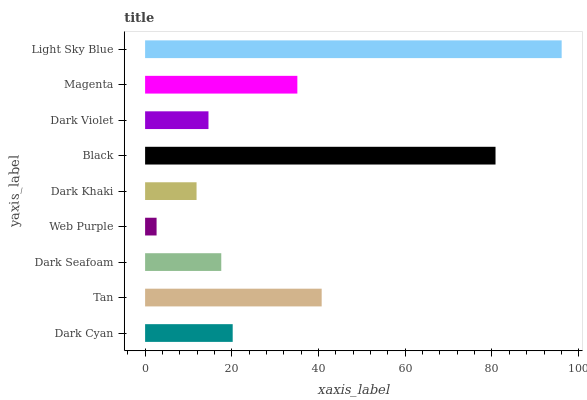
| yaxis_label | bars |
 | --- | --- |
 | Dark Cyan | 20.2 |
 | Tan | 40.7 |
 | Dark Seafoam | 17.6 |
 | Web Purple | 2.65 |
 | Dark Khaki | 11.9 |
 | Black | 80.8 |
 | Dark Violet | 14.6 |
 | Magenta | 35.1 |
 | Light Sky Blue | 96.1 |